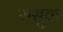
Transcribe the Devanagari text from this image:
रुसूक़